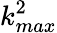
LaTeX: {k_{max}^{2}}